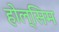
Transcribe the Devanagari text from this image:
होल्सिम